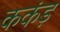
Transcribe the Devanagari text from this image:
ककंड़